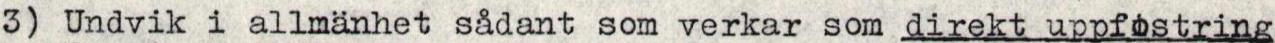
3) Undvik i allmänhet sådant som verkar som direkt uppfostring